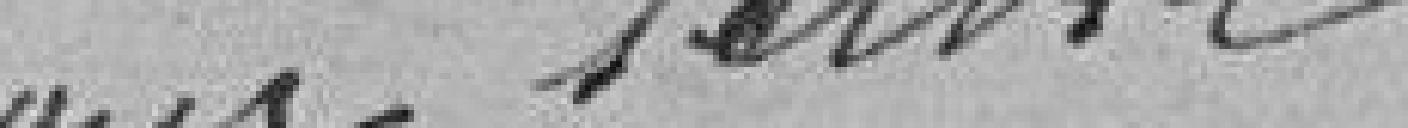
pour servir